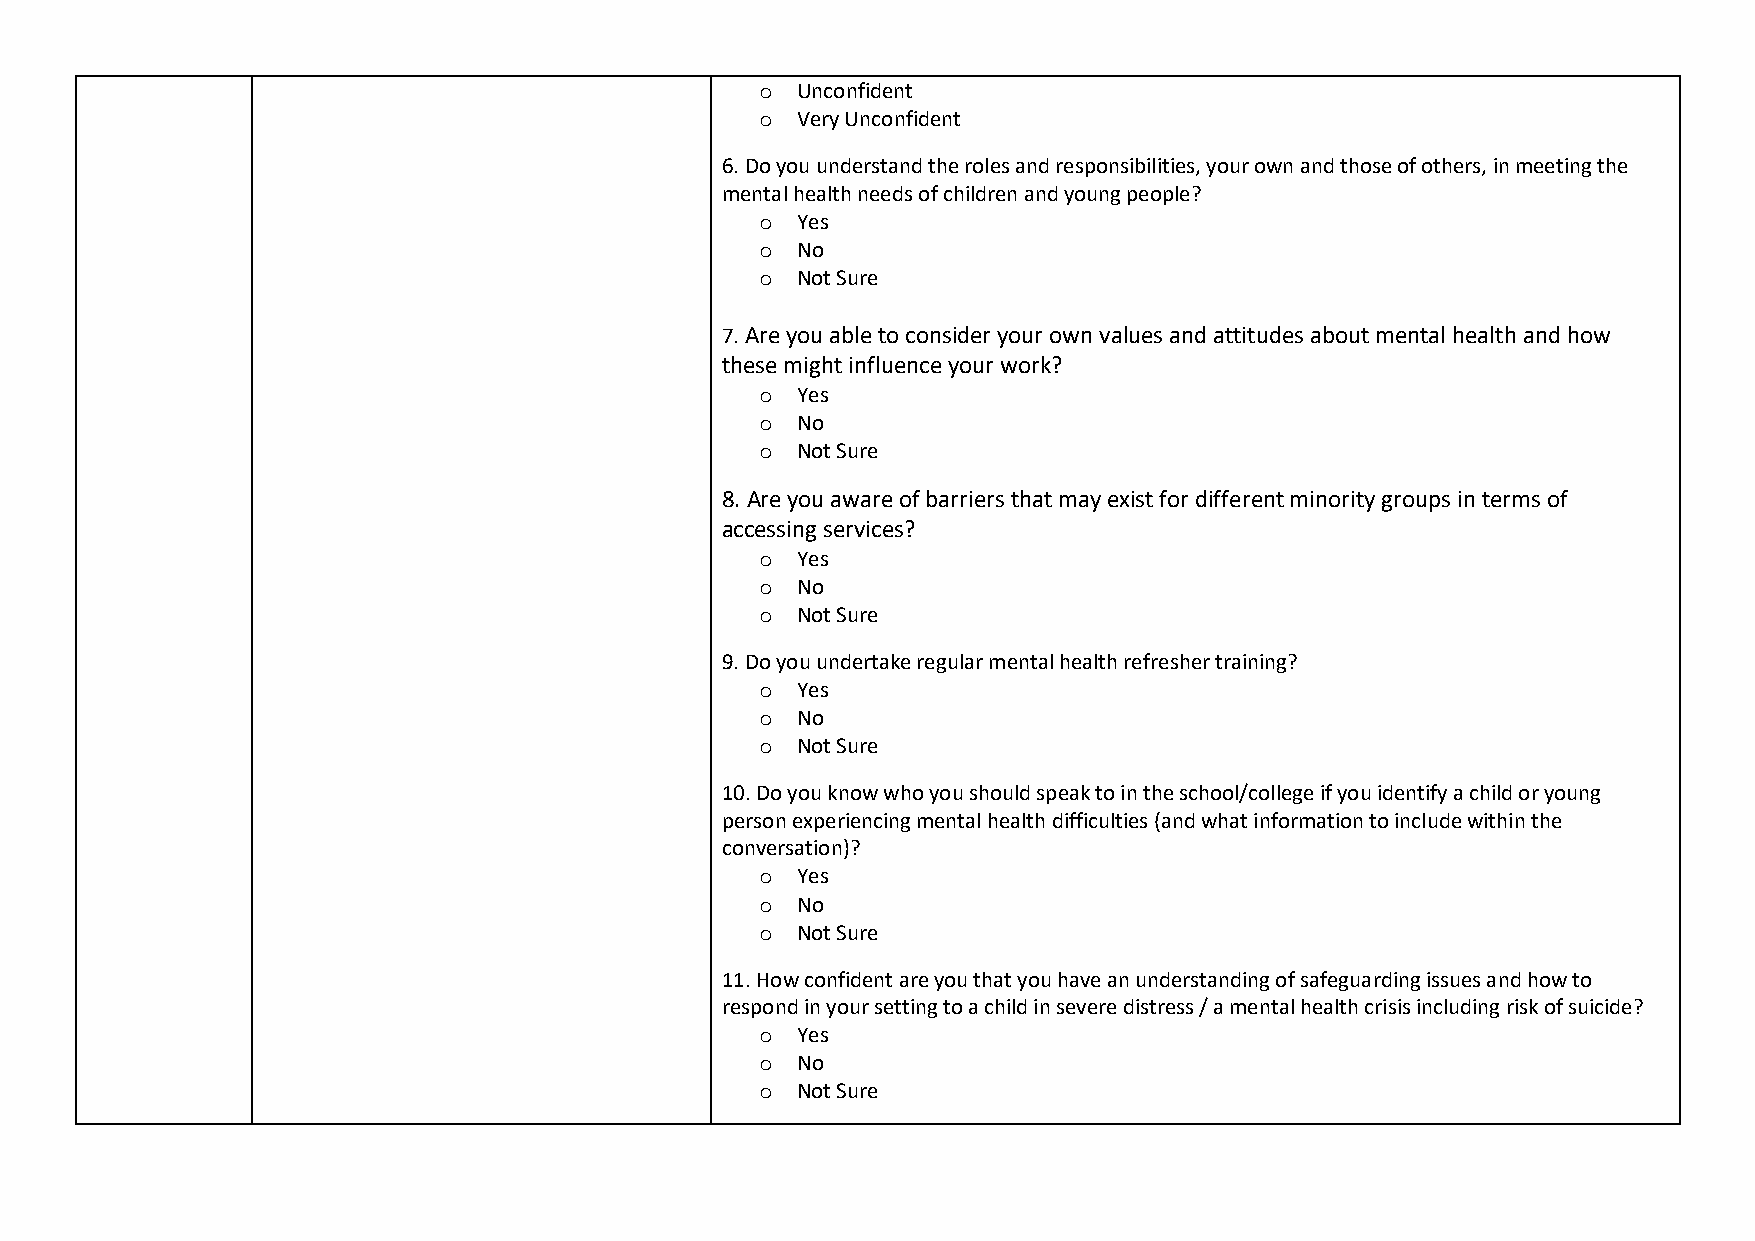
o  Unconfident
 o  Very Unconfident
 6. Do you understand the roles and responsibilities, your own and those of others, in meeting the
 mental health needs of children and young people?
 o  Yes
 o  No
 o  Not Sure
 7. Are you able to consider your own values and attitudes about mental health and how
 these might influence your work?
 o  Yes
 o  No
 o  Not Sure
 8. Are you aware of barriers that may exist for different minority groups in terms of
 accessing services?
 o  Yes
 o  No
 o  Not Sure
 9. Do you undertake regular mental health refresher training?
 o  Yes
 o  No
 o  Not Sure
 10. Do you know who you should speak to in the school/college if you identify a child or young
 person experiencing mental health difficulties (and what information to include within the
 conversation)?
 o  Yes
 o  No
 o  Not Sure
 11. How confident are you that you have an understanding of safeguarding issues and how to
 respond in your setting to a child in severe distress / a mental health crisis including risk of suicide?
 o  Yes
 o  No
 o  Not Sure